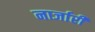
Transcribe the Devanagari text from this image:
नार्जारी